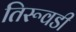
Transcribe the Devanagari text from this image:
तिरूवडी